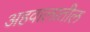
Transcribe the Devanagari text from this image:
अहवालातील